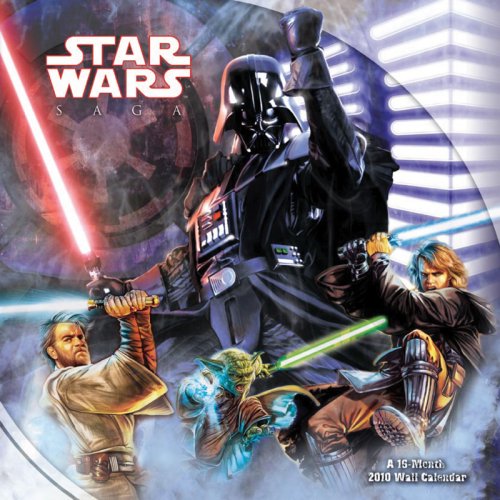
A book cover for STAR WARS -THE SAGA 2010 Wall Calendar; Trends; Calendars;